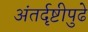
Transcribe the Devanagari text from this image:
अंतर्दृष्टीपुढे